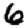
Digit: 6